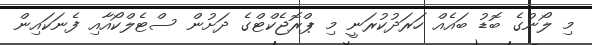
މި ލޯނުގެ ބޮޑު ބައެއް ހަރަދުކުރަނީ މި ޕްރޮޖެކްޓްގެ ދަށުން ސްޓެލްކޯއާއި ފެނަކައިން